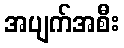
အပျက်အစီး